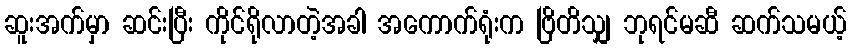
ဆူးအက်မှာ ဆင်းပြီး ကိုင်ရိုလာတဲ့အခါ အကောက်ရုံးက ဗြိတိသျှ ဘုရင်မဆီ ဆက်သမယ့်